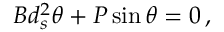
\begin{array} { r } { B d _ { s } ^ { 2 } \theta + P \sin \theta = 0 \, , } \end{array}